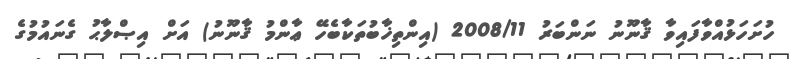
ހުށަހަޅުއްވާފައިވާ ޤާނޫނު ނަންބަރު 2008/11 (އިންތިޚާބުތަކާބެހޭ ޢާންމު ޤާނޫނު) އަށް އިޞްލާޙު ގެނައުމުގެ